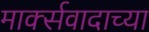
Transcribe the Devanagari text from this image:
मार्क्सवादाच्या